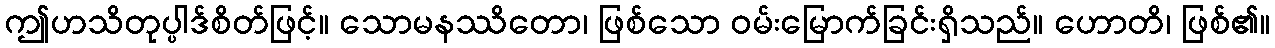
ဤဟသိတုပ္ပါဒ်စိတ်ဖြင့်။ သောမနဿိတော၊ ဖြစ်သော ဝမ်းမြောက်ခြင်းရှိသည်။ ဟောတိ၊ ဖြစ်၏။